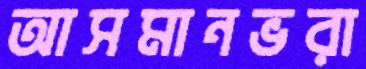
আসমানভরা